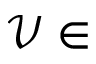
\mathcal { V } \in